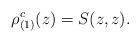
LaTeX: \begin{align*}\rho_{(1)}^{c}(z)=S(z,z).\end{align*}